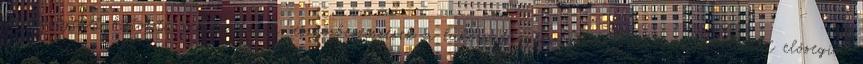
lehetőségeket biztosító rendezvények, eszközbeszerzések a lakosság egészségtudatosabb magatartását elősegíti.